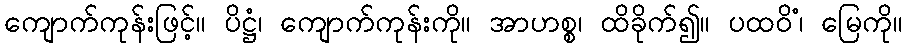
ကျောက်ကုန်းဖြင့်။ ပိဋ္ဌံ၊ ကျောက်ကုန်းကို။ အာဟစ္စ၊ ထိခိုက်၍။ ပထဝိံ၊ မြေကို။